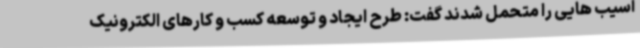
آسیب هایی را متحمل شدند گفت: طرح ایجاد و توسعه کسب و کارهای الکترونیک